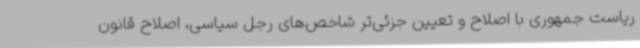
ریاست جمهوری با اصلاح و تعیین جزئی‌تر شاخص‌های رجل سیاسی، اصلاح قانون